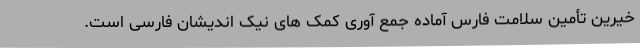
خیرین تأمین سلامت فارس آماده جمع آوری کمک های نیک اندیشان فارسی است.